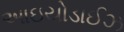
આઇયોડાઈઝ